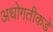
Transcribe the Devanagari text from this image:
अधोगतीकडे